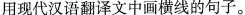
用现代汉语翻译文中画横线的句子。